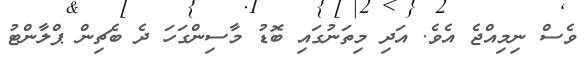
ވެސް ނިމިއްޖެ އެވެ. އަދި މިތަނުގައި ބޮޑު މާސިންގަހަ ދެ ބެޗިން ޕްލާންޓު